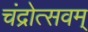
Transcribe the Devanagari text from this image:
चंद्रोत्सवम्